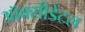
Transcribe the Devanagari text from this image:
ऑक्‍सीडेंटल